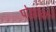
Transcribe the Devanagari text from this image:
पोह्यांचा